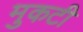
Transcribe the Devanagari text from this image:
मुकटी